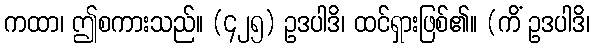
ကထာ၊ ဤစကားသည်။ (၄၂၅) ဥဒပါဒိ၊ ထင်ရှားဖြစ်၏။ (ကိံ ဥဒပါဒိ၊